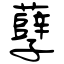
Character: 孽